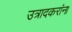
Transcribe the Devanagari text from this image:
उत्रादकरांना